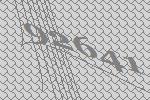
92641